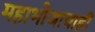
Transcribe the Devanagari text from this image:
महाभोजाचाही